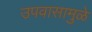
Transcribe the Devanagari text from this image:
उपवासामुळे